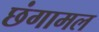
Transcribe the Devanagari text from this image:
छंगामल